Regulations for the medical services of the Army of India
Year: 1930
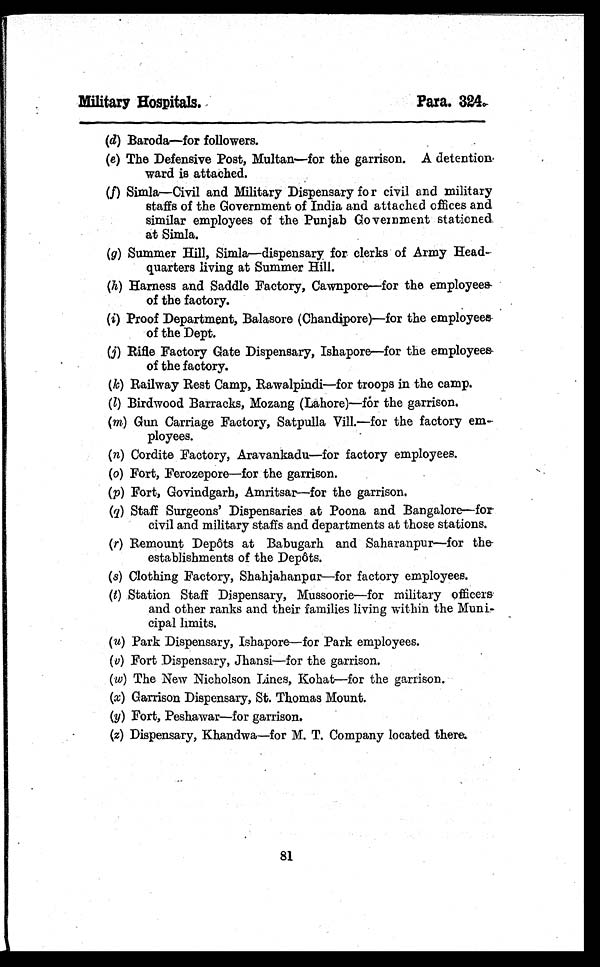
Military Hospitals.
Para. 324.-
(d) Baroda—for followers.
(e) The Defensive Post, Multan—for the garrison. A detention,
ward is attached.
(f) Simla—Civil and Military Dispensary for civil and military
staffs of the Government of India and attached offices and
similar employees of the Punjab Government stationed
at Simla.
(g) Summer Hill, Simla—dispensary for clerks of Army Head
-quarters living at Summer Hill.
(h) Harness and Saddle Factory, Cawnpore—for the employees
of the factory.
(i) Proof Department, Balasore (Chandipore)—for the employees
of the Dept.
(j) Rifle Factory Gate Dispensary, Ishapore—for the employees
of the factory.
(k) Railway Rest Camp, Rawalpindi—for troops in the camp.
(l) Birdwood Barracks, Mozang (Lahore)—for the garrison.
(m) Gun Carriage Factory, Satpulla Vill.—for the factory em
-ployees.
(n) Cordite Factory, Aravankadu—for factory employees.
( o ) F o r t , F e r o z e p o r e — f o r t h e g a r r i s o n .
( p ) F o r t , G o v i n d g a r h , A m r i t s a r — f o r t h e g a r r i s o n .
( q ) S t a f f S u r g e o n s ' D i s p e n s a r i e s a t P o o n a a n d B a n g a l o r e — f o r
civil and military staffs and departments at those stations.
( r ) R e m o u n t D e p ô t s a t B a b u g a r h a n d S a h a r a n p u r — f o r t h e -
establishments of the Depôts.
( s ) C l o t h i n g F a c t o r y , S h a h j a h a n p u r — f o r f a c t o r y e m p l o y e e s .
and other ranks and their families living within the Muni
- c i p a l l i m i t s .
(v) Fort Dispensary, Jhansi—for the garrison.
(w) The New Nicholson Lines, Kohat—for the garrison.
(x) Garrison Dispensary, St. Thomas Mount.
(y) Fort, Peshawar—for garrison.
(z) Dispensary, Khandwa—for M. T. Company located there.
81